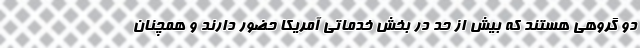
دو گروهی هستند که بیش از حد در بخش خدماتی آمریکا حضور دارند و همچنان